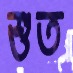
শুত